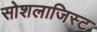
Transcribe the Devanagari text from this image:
सोशलाजिस्ट